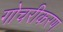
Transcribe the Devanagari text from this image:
गोचरीकरण